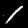
Digit: 1